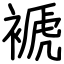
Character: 褫